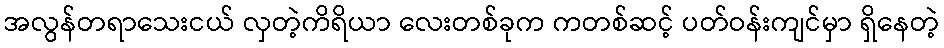
အလွန်တရာသေးငယ် လှတဲ့ကိရိယာ လေးတစ်ခုက ကတစ်ဆင့် ပတ်ဝန်းကျင်မှာ ရှိနေတဲ့